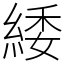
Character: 緌